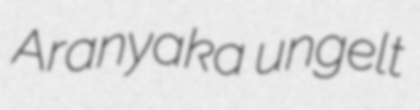
Aranyaka ungelt